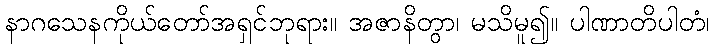
နာဂသေနကိုယ်တော်အရှင်ဘုရား။ အဇာနိတွာ၊ မသိမူ၍။ ပါဏာတိပါတံ၊